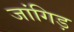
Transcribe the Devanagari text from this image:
जांगिड़